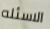
الاسئله